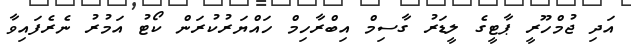
އަދި ޖުމްހޫރީ ޕާޓީގެ ލީޑަރު ގާސިމް އިބްރާހިމް ހައްޔަރުކުރަން ކޯޓު އަމުރު ނެރެފައިވާ